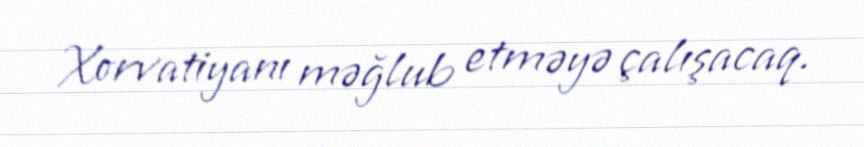
Xorvatiyanı məğlub etməyə çalışacaq.